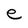
Character: e